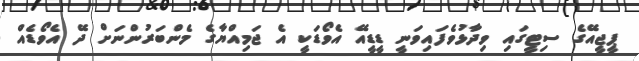
ޕީޖީއޭގެ ސިޓީގައި ވިދާޅުވެފައިވަނީ ޑީޑީއޭ އެވޯޑަކީ އެ ޖަމިއްޔާގެ މެންބަރުންނަށް ދޭ އެވޯޑެއް